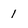
Character: 1